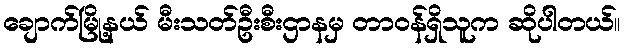
ချောက်မြို့နယ် မီးသတ်ဦးစီးဌာနမှ တာဝန်ရှိသူက ဆိုပါတယ်။